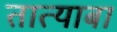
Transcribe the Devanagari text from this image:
तात्याबा